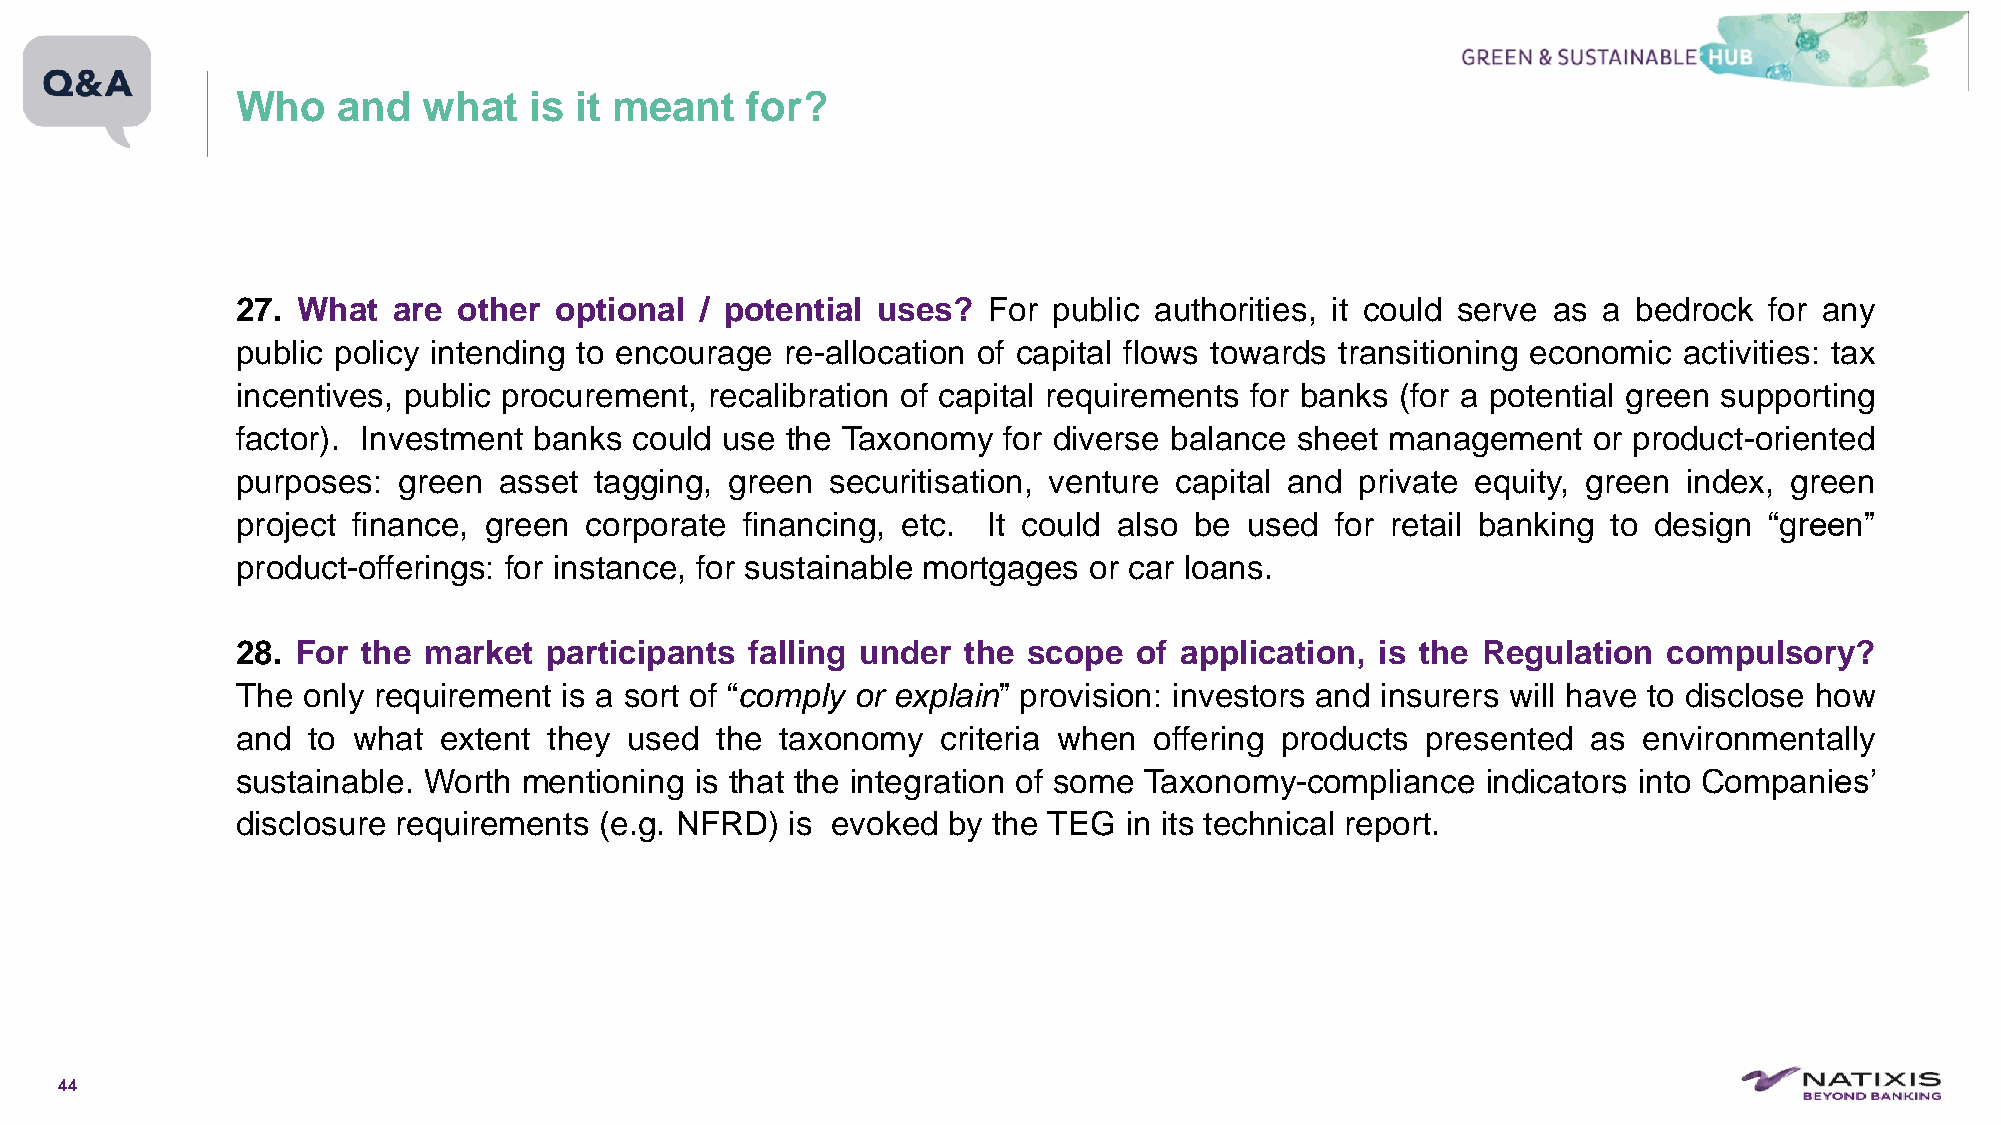
Who   and   what   is it meant   for?
 27. What  are other  optional / potential uses?  For  public authorities, it could serve as a bedrock for any
 public policy intending to encourage re-allocation of capital flows towards transitioning economic activities: tax
 incentives, public procurement, recalibration of capital requirements for banks (for a potential green supporting
 factor). Investment banks could use the Taxonomy  for diverse balance sheet management   or product-oriented
 purposes: green  asset tagging, green  securitisation, venture capital and private equity, green index, green
 project finance, green corporate financing, etc. It could also be used  for retail banking to design “green”
 product-offerings: for instance, for sustainable mortgages or car loans.
 28. For the market  participants  falling under the scope  of application, is the Regulation  compulsory?
 The only requirement is a sort of “comply or explain” provision: investors and insurers will have to disclose how
 and to what  extent they used  the  taxonomy  criteria when offering products presented  as  environmentally
 sustainable. Worth mentioning is that the integration of some Taxonomy-compliance indicators into Companies’
 disclosure requirements (e.g. NFRD) is evoked  by the TEG in its technical report.
 44
 C1-PublicNat